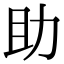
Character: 助